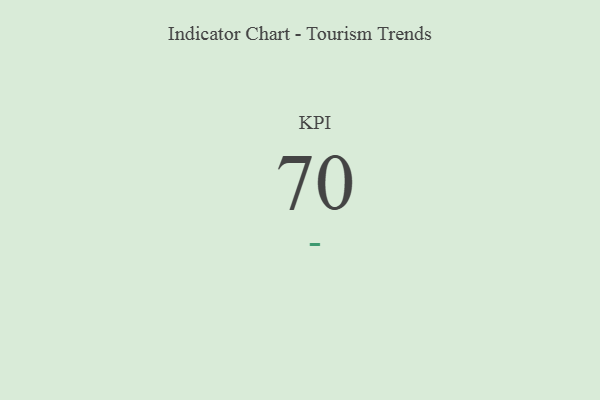
{"axis": {"x": "KPI", "y": "Value"}, "legend": [""], "data": [{"x": "KPI", "y": 70, "type": ""}]}